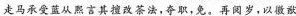
走马承受蓝从熙言其擅改茶法，夺职，免。再阅岁，以撤狱